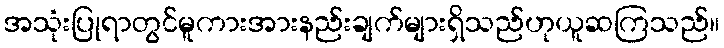
အသုံးပြုရာတွင်မူကားအားနည်းချက်များရှိသည်ဟုယူဆကြသည်။